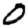
Digit: 0